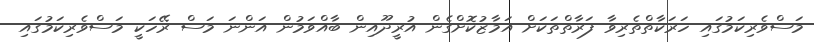
މަސްވެރިކަމުގައި ހަރަކާތްތެރިވާ ފަރާތްތަކަށް އަމާޒުކޮށްގެން އުރީދޫއިން ބާއްވަމުން އަންނަ މަސް ރޭހަކީ މަސްވެރިކަމުގައި